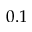
0 . 1